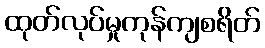
ထုတ်လုပ်မှုကုန်ကျစရိတ်